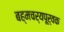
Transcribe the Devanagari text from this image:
बह्मचर्यपूर्वक